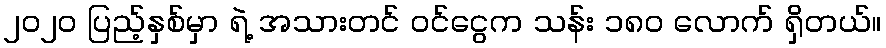
၂၀၂၀ ပြည့်နှစ်မှာ ရဲ့ အသားတင် ဝင်ငွေက သန်း ၁၈၀ လောက် ရှိတယ်။